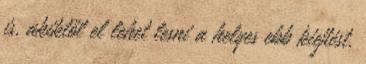
is, akiktől el lehet lesni a helyes ebb kiejtést,